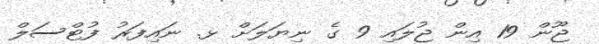
ޖޫން 19 އިން ޖުލައި 9 ގެ ނިޔަލަށް ޅ. ނައިފަރު ފުޓްސަލް